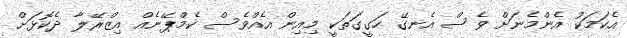
އެކަމަކު އެންމެނަށް ވެސް އެނގޭ ހަގީގަތަކީ މިއިން އެއްވެސް ކެމްޕޭނެއް އިޒްރޭލާ ދެކޮޅަށް